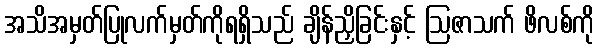
အသိအမှတ်ပြုလက်မှတ်ကိုရရှိသည် ချိန်ညှိခြင်းနှင့် ဩဇာသက် ဖိလစ်ကို